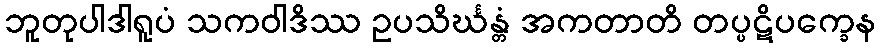
ဘူတုပါဒါရူပံ သကဝါဒိဿ ဥပသိင်္ဃန္တံ အကတာတိ တပ္ပဋိပက္ခေန